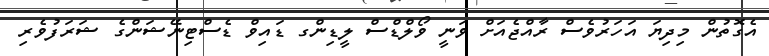
އެގޮތުން މިދިޔަ އަހަރުވެސް ރާއްޖެއަށް ވަނީ ވޯލްޑްސް ލީޑިންގ ޑައިވް ޑެސްޓިނޭޝަންގެ ޝަރަފުވެރި